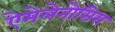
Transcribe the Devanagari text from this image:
ऐमेलेनोसिस